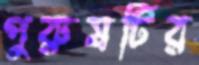
পুরুষটির